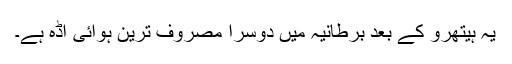
یہ ہیتھرو کے بعد برطانیہ میں دوسرا مصروف ترین ہوائی اڈہ ہے۔